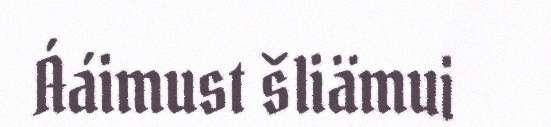
Ááimust šliämui